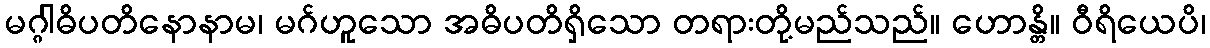
မဂ္ဂါဓိပတိနောနာမ၊ မဂ်ဟူသော အဓိပတိရှိသော တရားတို့မည်သည်။ ဟောန္တိ။ ဝီရိယေပိ၊